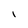
Character: I